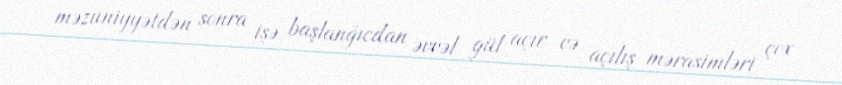
məzuniyyətdən sonra işə başlanğıcdan əvvəl gül açır və açılış mərasimləri çox